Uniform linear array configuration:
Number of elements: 32
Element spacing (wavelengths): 0.75
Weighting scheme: blackman
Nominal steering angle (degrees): -15
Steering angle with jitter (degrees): -13.5
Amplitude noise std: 0.05
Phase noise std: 0.05

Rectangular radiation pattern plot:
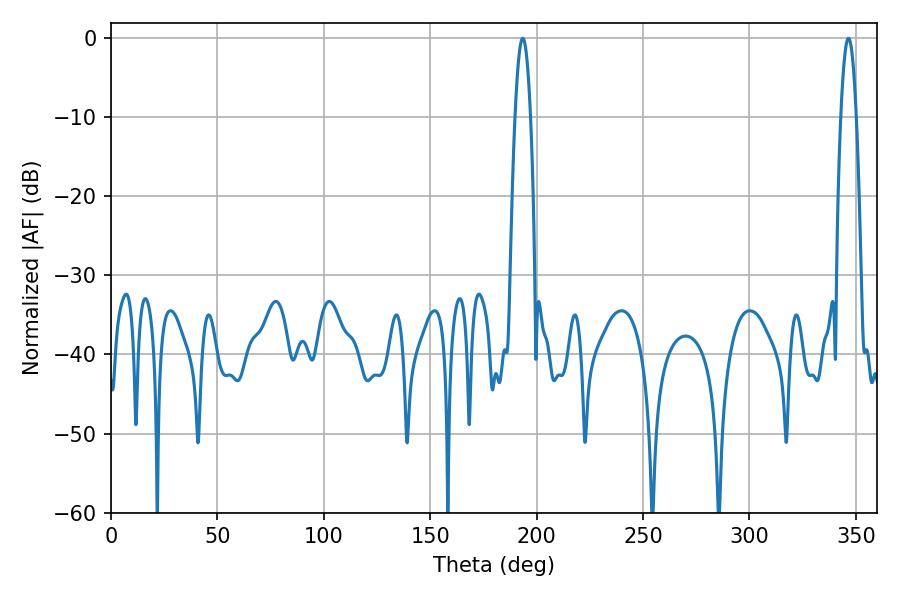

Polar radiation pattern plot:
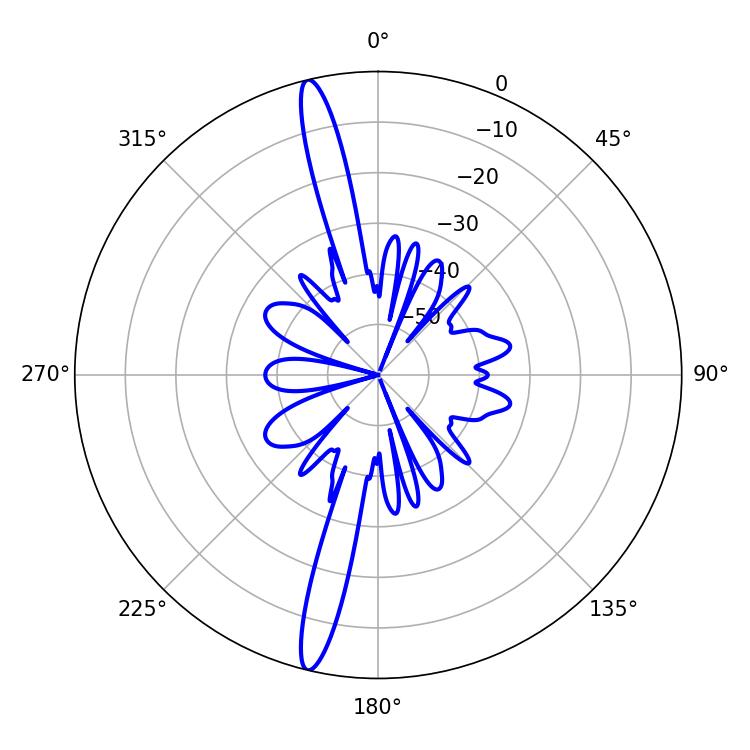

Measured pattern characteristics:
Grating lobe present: TRUE
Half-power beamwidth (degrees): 3.96
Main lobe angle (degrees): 193.5